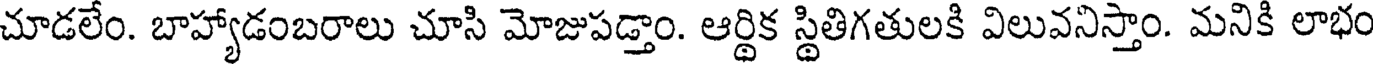
చూడలేం. బాహ్యాడంబరాలు చూసి మోజుపడ్తాం. ఆర్థిక స్థితిగతులకి విలువనిస్తాం. మనికి లాభం